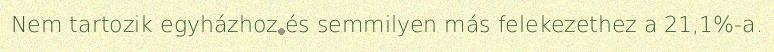
Nem tartozik egyházhoz és semmilyen más felekezethez a 21,1%-a.